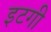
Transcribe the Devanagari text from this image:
इटगी